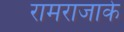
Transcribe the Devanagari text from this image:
रामराजाके